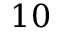
1 0